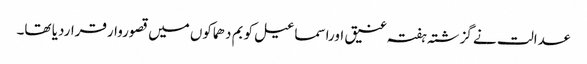
عدالت نے گزشتہ ہفتہ عنیق اوراسماعیل کو بم دھماکوں میں قصوروارقراردیا تھا۔